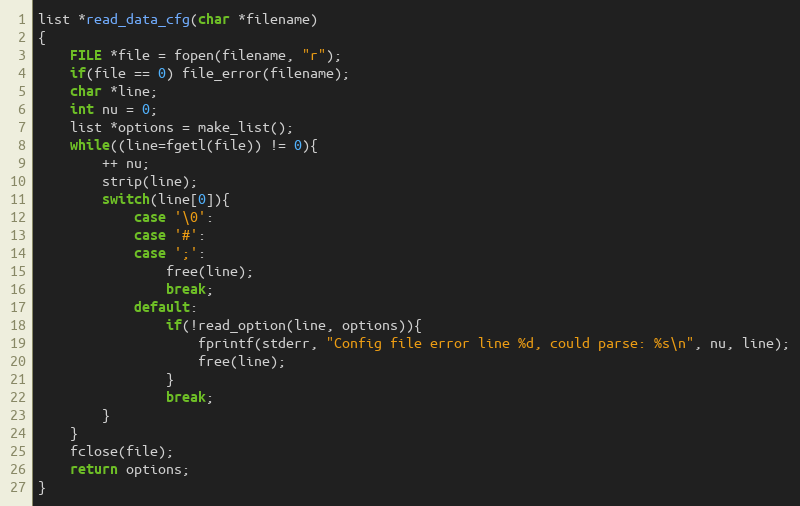
Language: C
list *read_data_cfg(char *filename)
{
    FILE *file = fopen(filename, "r");
    if(file == 0) file_error(filename);
    char *line;
    int nu = 0;
    list *options = make_list();
    while((line=fgetl(file)) != 0){
        ++ nu;
        strip(line);
        switch(line[0]){
            case '\0':
            case '#':
            case ';':
                free(line);
                break;
            default:
                if(!read_option(line, options)){
                    fprintf(stderr, "Config file error line %d, could parse: %s\n", nu, line);
                    free(line);
                }
                break;
        }
    }
    fclose(file);
    return options;
}